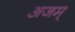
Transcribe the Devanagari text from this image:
अजम्